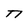
Character: n